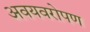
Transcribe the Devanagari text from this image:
अवयवरोपण